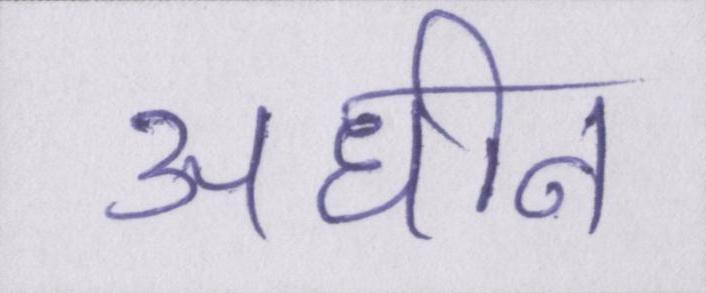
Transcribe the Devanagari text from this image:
अधीन